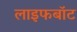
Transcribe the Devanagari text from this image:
लाइफबाॅट